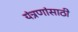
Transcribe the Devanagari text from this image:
यंत्रणांसाठी